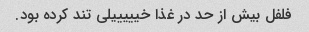
فلفل بیش از حد در غذا خیییییلی تند کرده بود.